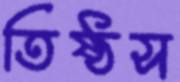
তিষ্ঠস